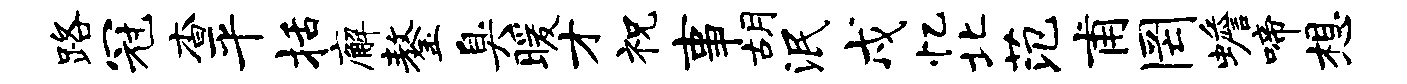
路冠杳平括廨鏊臭暖才祝事胡泯戍忆北范甫罔蟾啼想